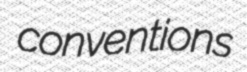
conventions